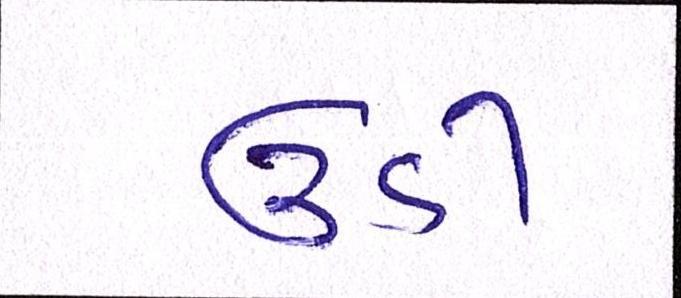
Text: ઉડી